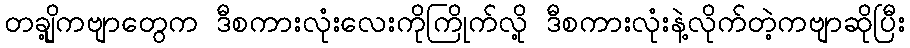
တချို့ကဗျာတွေက ဒီစကားလုံးလေးကိုကြိုက်လို့ ဒီစကားလုံးနဲ့လိုက်တဲ့ကဗျာဆိုပြီး